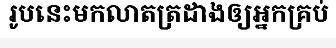
រូបនេះមកលាតត្រដាងឲ្យអ្នកគ្រប់